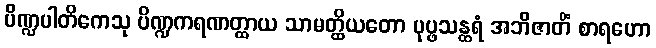
ပိဏ္ဍပါတိကေသု ပိဏ္ဍကရဏတ္ထာယ သာမတ္ထိယတော ပုပ္ဖသန္ထရံ အဘိဇာတိံ စာရဟော